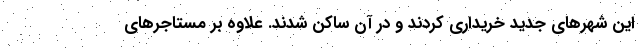
این شهرهای جدید خریداری کردند و در آن ساکن شدند. علاوه بر مستاجرهای